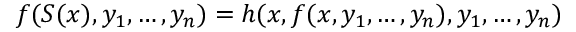
f ( S ( x ) , y _ { 1 } , \ldots , y _ { n } ) = h ( x , f ( x , y _ { 1 } , \ldots , y _ { n } ) , y _ { 1 } , \ldots , y _ { n } )